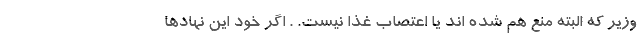
وزیر که البته منع هم شده اند یا اعتصاب غذا نیست. . اگر خود این نهادها